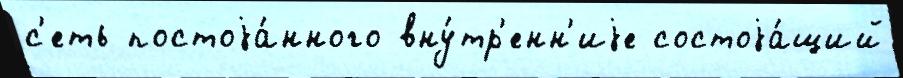
с'еть постоjа́нного вну́тр'енн'иjе состоjа́щий